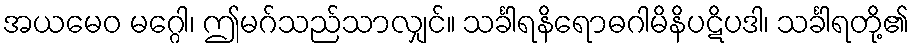
အယမေဝ မဂ္ဂေါ၊ ဤမဂ်သည်သာလျှင်။ သင်္ခါရနိရောဓဂါမိနိပဋိပဒါ၊ သင်္ခါရတို့၏